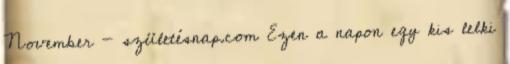
November - születésnap.com Ezen a napon egy kis lelki